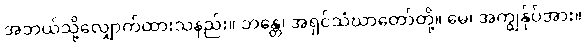
အဘယ်သို့လျှောက်ထားသနည်း။ ဘန္တေ၊ အရှင်သံဃာတော်တို့။ မေ၊ အကျွန်ုပ်အား။